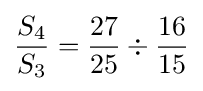
{S_{4} \over S_{3}}={{27 \over 25}\div {16 \over 15}}